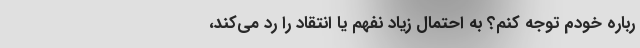
ربارهٔ خودم توجه کنم؟ به احتمال زیاد نفهم یا انتقاد را رد می‌کند،